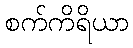
စက်ကိရိယာ